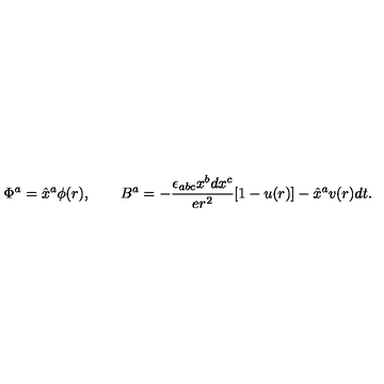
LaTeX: \Phi ^ { a } = \hat { x } ^ { a } \phi ( r ) , \qquad B ^ { a } = - \frac { \epsilon _ { a b c } x ^ { b } d x ^ { c } } { e r ^ { 2 } } [ 1 - u ( r ) ] - \hat { x } ^ { a } v ( r ) d t .